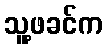
သူ့ဖခင်က